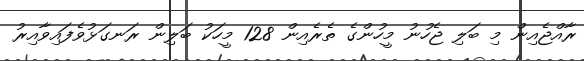
ރާއްޖެއިން މި ބަލި ޖެހުނު މީހުންގެ ތެރެއިން 128 މީހަކު ބަލިން ރަނގަޅުވެފައިވާއިރު